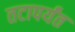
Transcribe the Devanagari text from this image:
तटापर्यंत